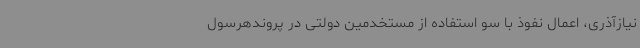
نیازآذری، اعمال نفوذ با سو استفاده از مستخدمین دولتی در پروندهرسول